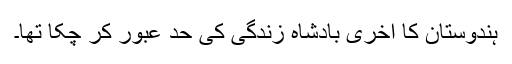
ہندوستان کا آخری بادشاہ زندگی کی حد عبور کر چکا تھا۔